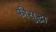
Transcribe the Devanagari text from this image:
फीसुद्धा